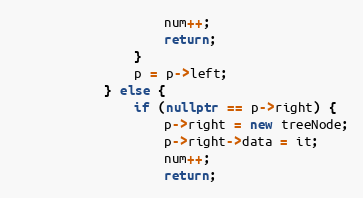
Language: C++
                    num++;
                    return;
                }
                p = p->left;
            } else {
                if (nullptr == p->right) {
                    p->right = new treeNode;
                    p->right->data = it;
                    num++;
                    return;